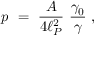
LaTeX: p ~ = ~ { \frac { \cal A } { 4 \ell _ { P } ^ { 2 } } } ~ { \frac { \gamma _ { 0 } } { \gamma } } ~ ,